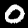
Label: 0